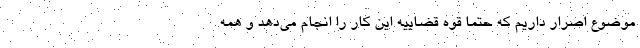
موضوع اصرار داریم که حتما قوه قضاییه این کار را انجام می‌دهد و همه